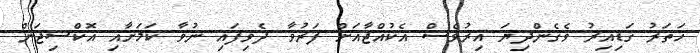
ހަތަރު ގަޑިއިރު ވެގެންދިޔަ އިރުވެސް އެކުއްޖާއަށް ފަރުވާ ދެވިފައި ނުވާ ކަމަށާއި އޮކްސިޖަން